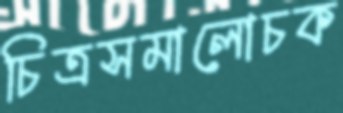
চিত্রসমালোচক